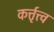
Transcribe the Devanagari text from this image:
कर्त्तृत्त्व